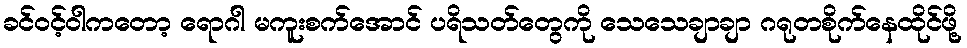
ခင်ဝင့်ဝါကတော့ ရောဂါ မကူးစက်အောင် ပရိသတ်တွေကို သေသေချာချာ ဂရုတစိုက်နေထိုင်ဖို့